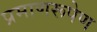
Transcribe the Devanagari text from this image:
प्रमाणरूपेण